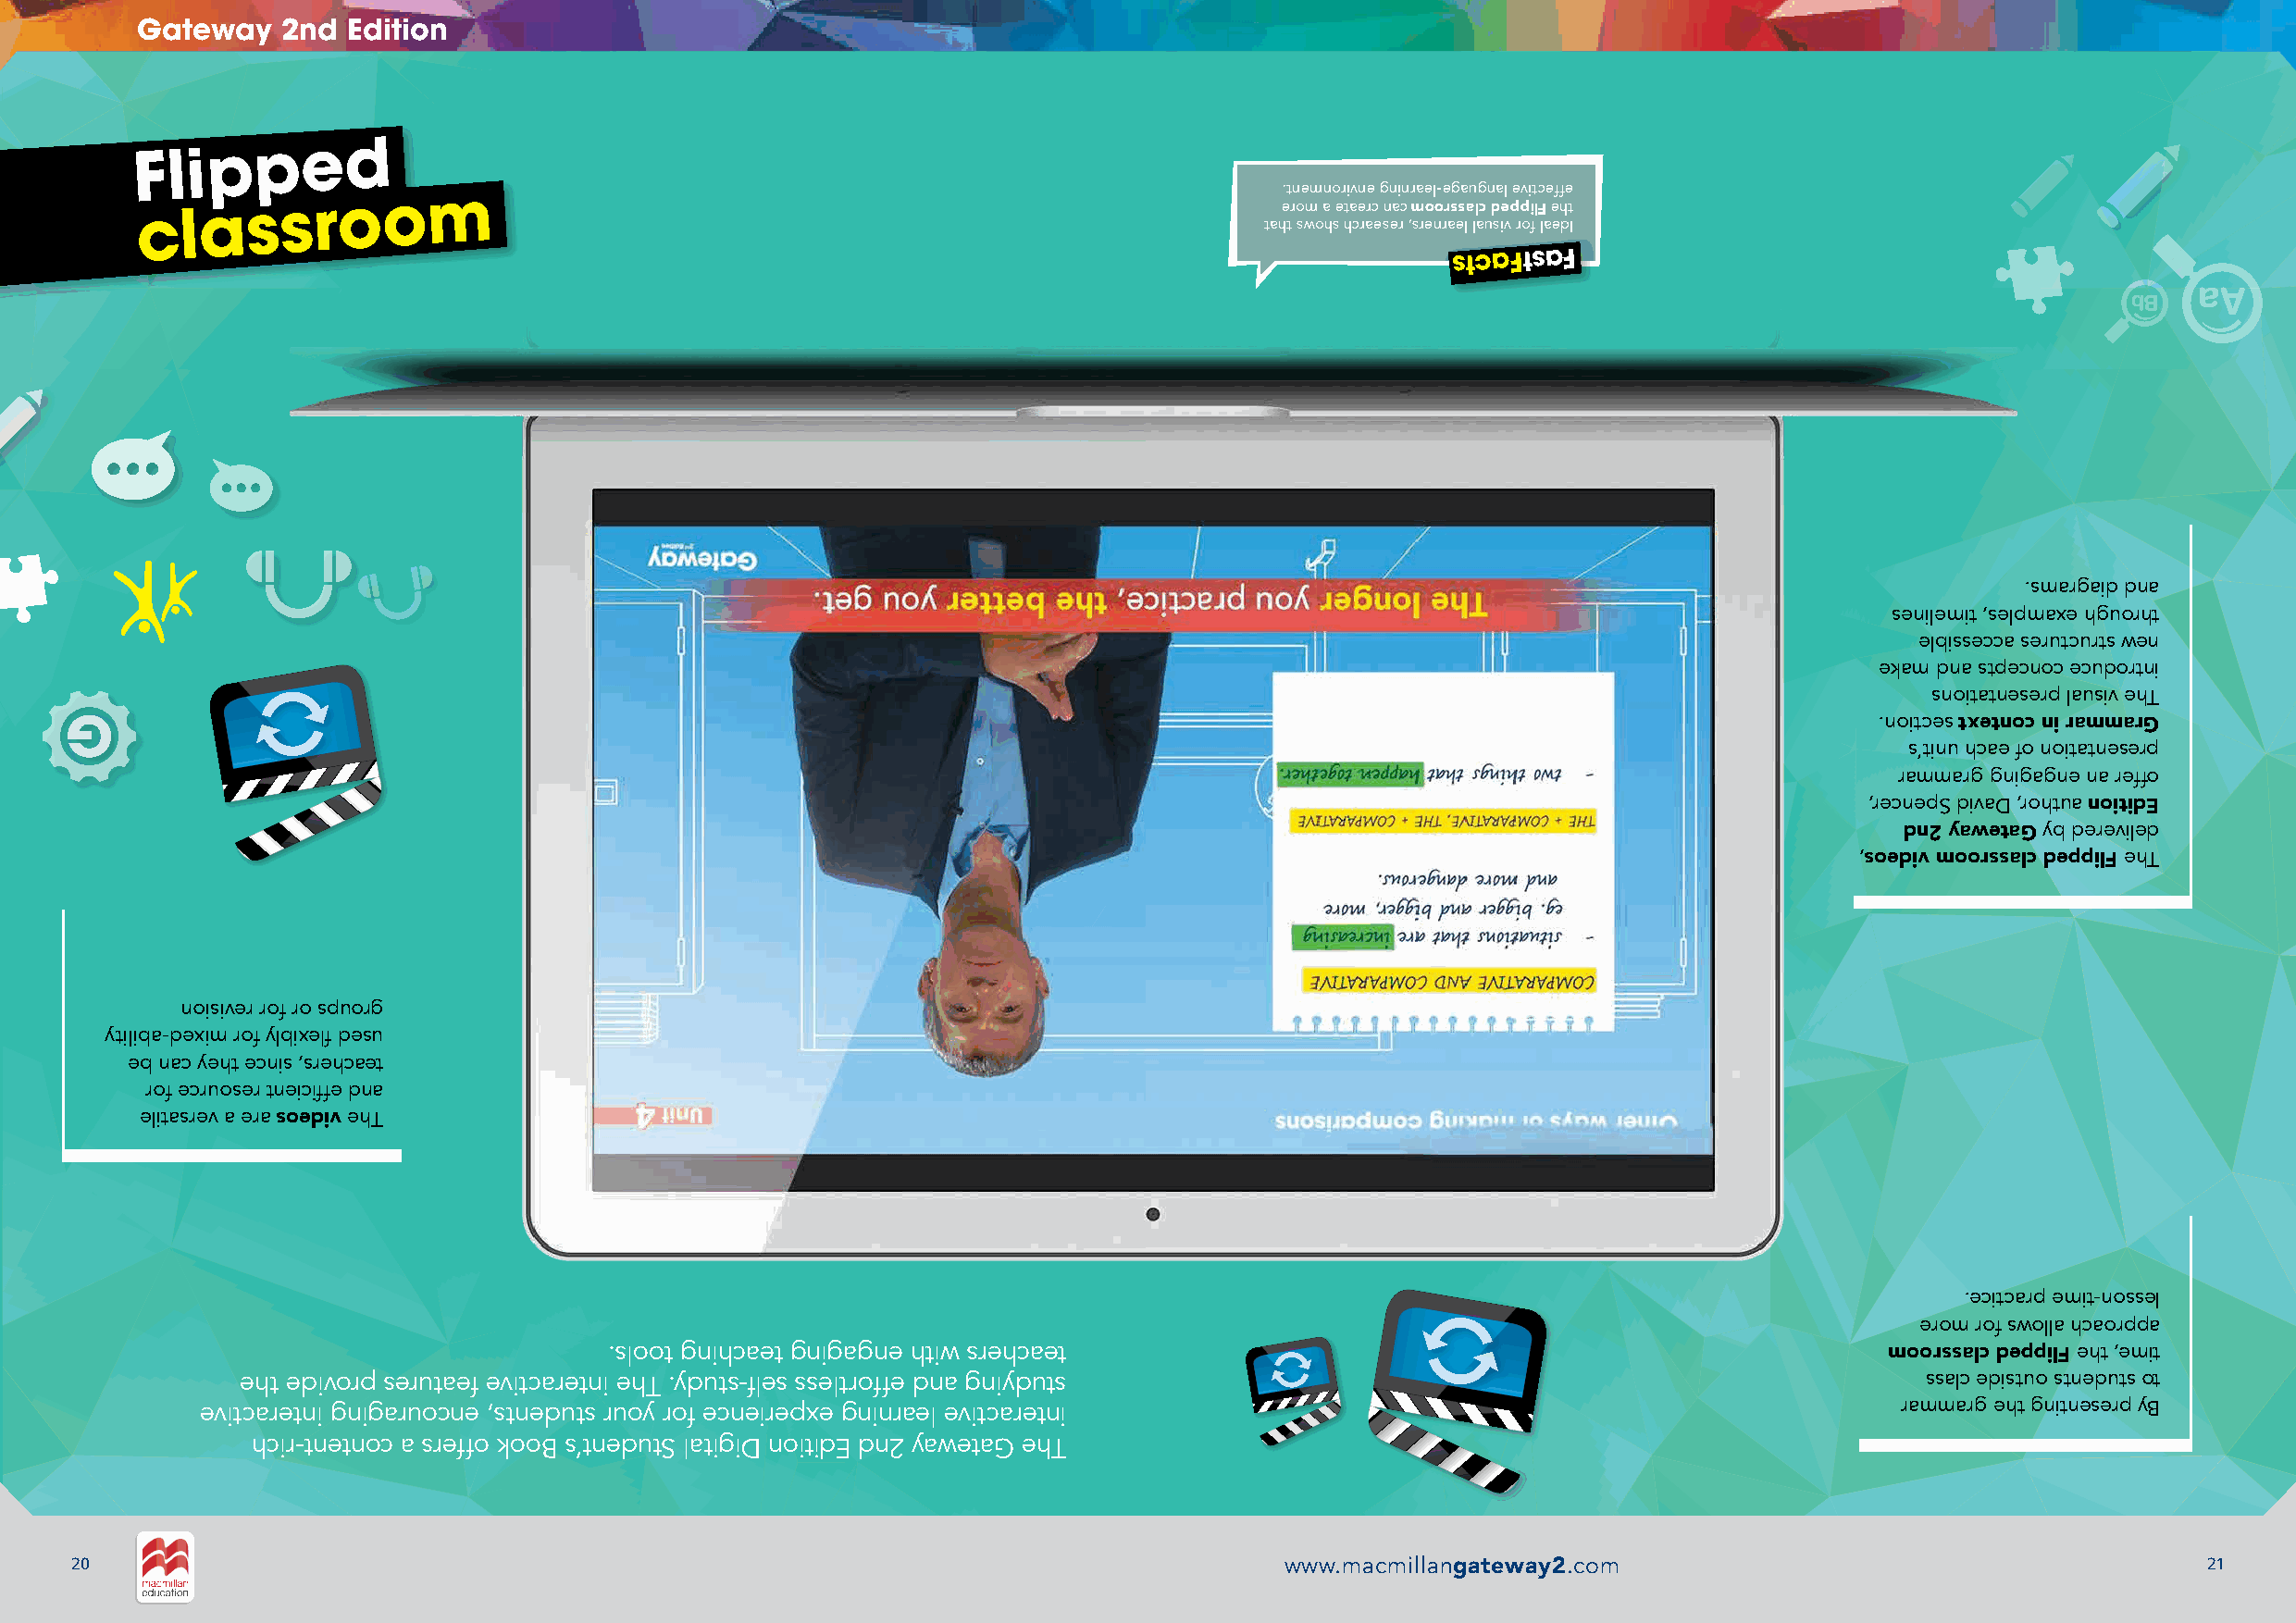
Gateway   2nd  Edition
 Flipped
 .tnemnorivne gninrael-egaugnal evitceffe
 classroom
 erom a etaerc nac moorssalc deppilF eht
 taht swohs hcraeser ,srenrael lausiv rof laedI
 stcaFtsaF
 aA
 bB
 .smargaid dna
 senilemit ,selpmaxe hguorht
 elbissecca serutcurts wen
 ekam dna stpecnoc ecudortni
 snoitatneserp lausiv ehT
 .noitces txetnoc ni rammarG
 s’tinu hcae fo noitatneserp
 rammarg gnigagne na reffo
 ,recnepS divaD ,rohtua noitidE
 dn2 yawetaG yb dereviled
 ,soediv moorssalc deppilF ehT
 noisiver rof ro spuorg
 ytiliba-dexim rof ylbixefl desu
 eb nac yeht ecnis ,srehcaet
 rof ecruoser tneicfife dna
 elitasrev a era soediv ehT
 .ecitcarp emit-nossel
 erom rof swolla hcaorppa
 .sloot gnihcaet gnigagne htiw srehcaet                                                      moorssalc deppilF eht ,emit
 eht edivorp serutaef evitcaretni ehT .yduts-fles sseltroffe dna gniyduts                                                 ssalc edistuo stneduts ot
 evitcaretni gnigaruocne ,stneduts ruoy rof ecneirepxe gninrael evitcaretni                                                rammarg eht gnitneserp yB
 hcir-tnetnoc a sreffo kooB s’tnedutS latigiD noitidE dn2 yawetaG ehT
 20                                                                                     www.macmillangateway2.com                                         21